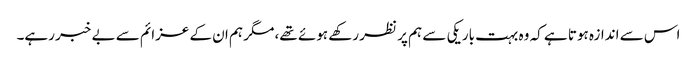
اس سے اندازہ ہوتا ہے کہ وہ بہت باریکی سے ہم پر نظر رکھے ہوئے تھے، مگر ہم ان کے عزائم سے بے خبر رہے۔